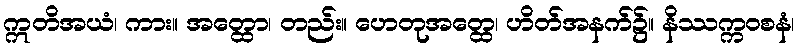
ဣတိအယံ၊ ကား။ အတ္ထော၊ တည်း။ ဟေတုအတ္ထေ၊ ဟိတ်အနက်၌။ နိဿက္ကဝစနံ၊